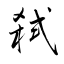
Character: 弑